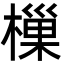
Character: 樔